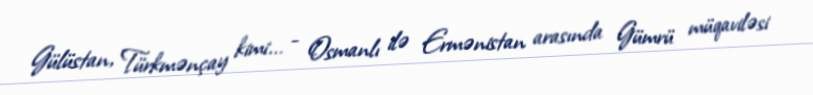
Gülüstan, Türkmənçay kimi... - Osmanlı ilə Ermənistan arasında Gümrü müqaviləsi